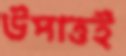
উপাত্তই